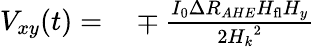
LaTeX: \begin{array}{rl}{V_{xy}(t)=}&{{}\mp\frac{I_{0}\Delta R_{AHE}H_{\mathrm{fl}}H_{y}}{2{H_{k}}^{2}}}\end{array}